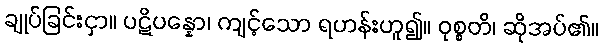
ချုပ်ခြင်းငှာ။ ပဋိပန္နော၊ ကျင့်သော ရဟန်းဟူ၍။ ဝုစ္စတိ၊ ဆိုအပ်၏။